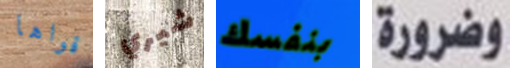
قواها شيري بنفسك وضرورة